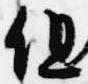
但